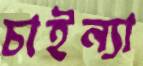
চাইন্যা